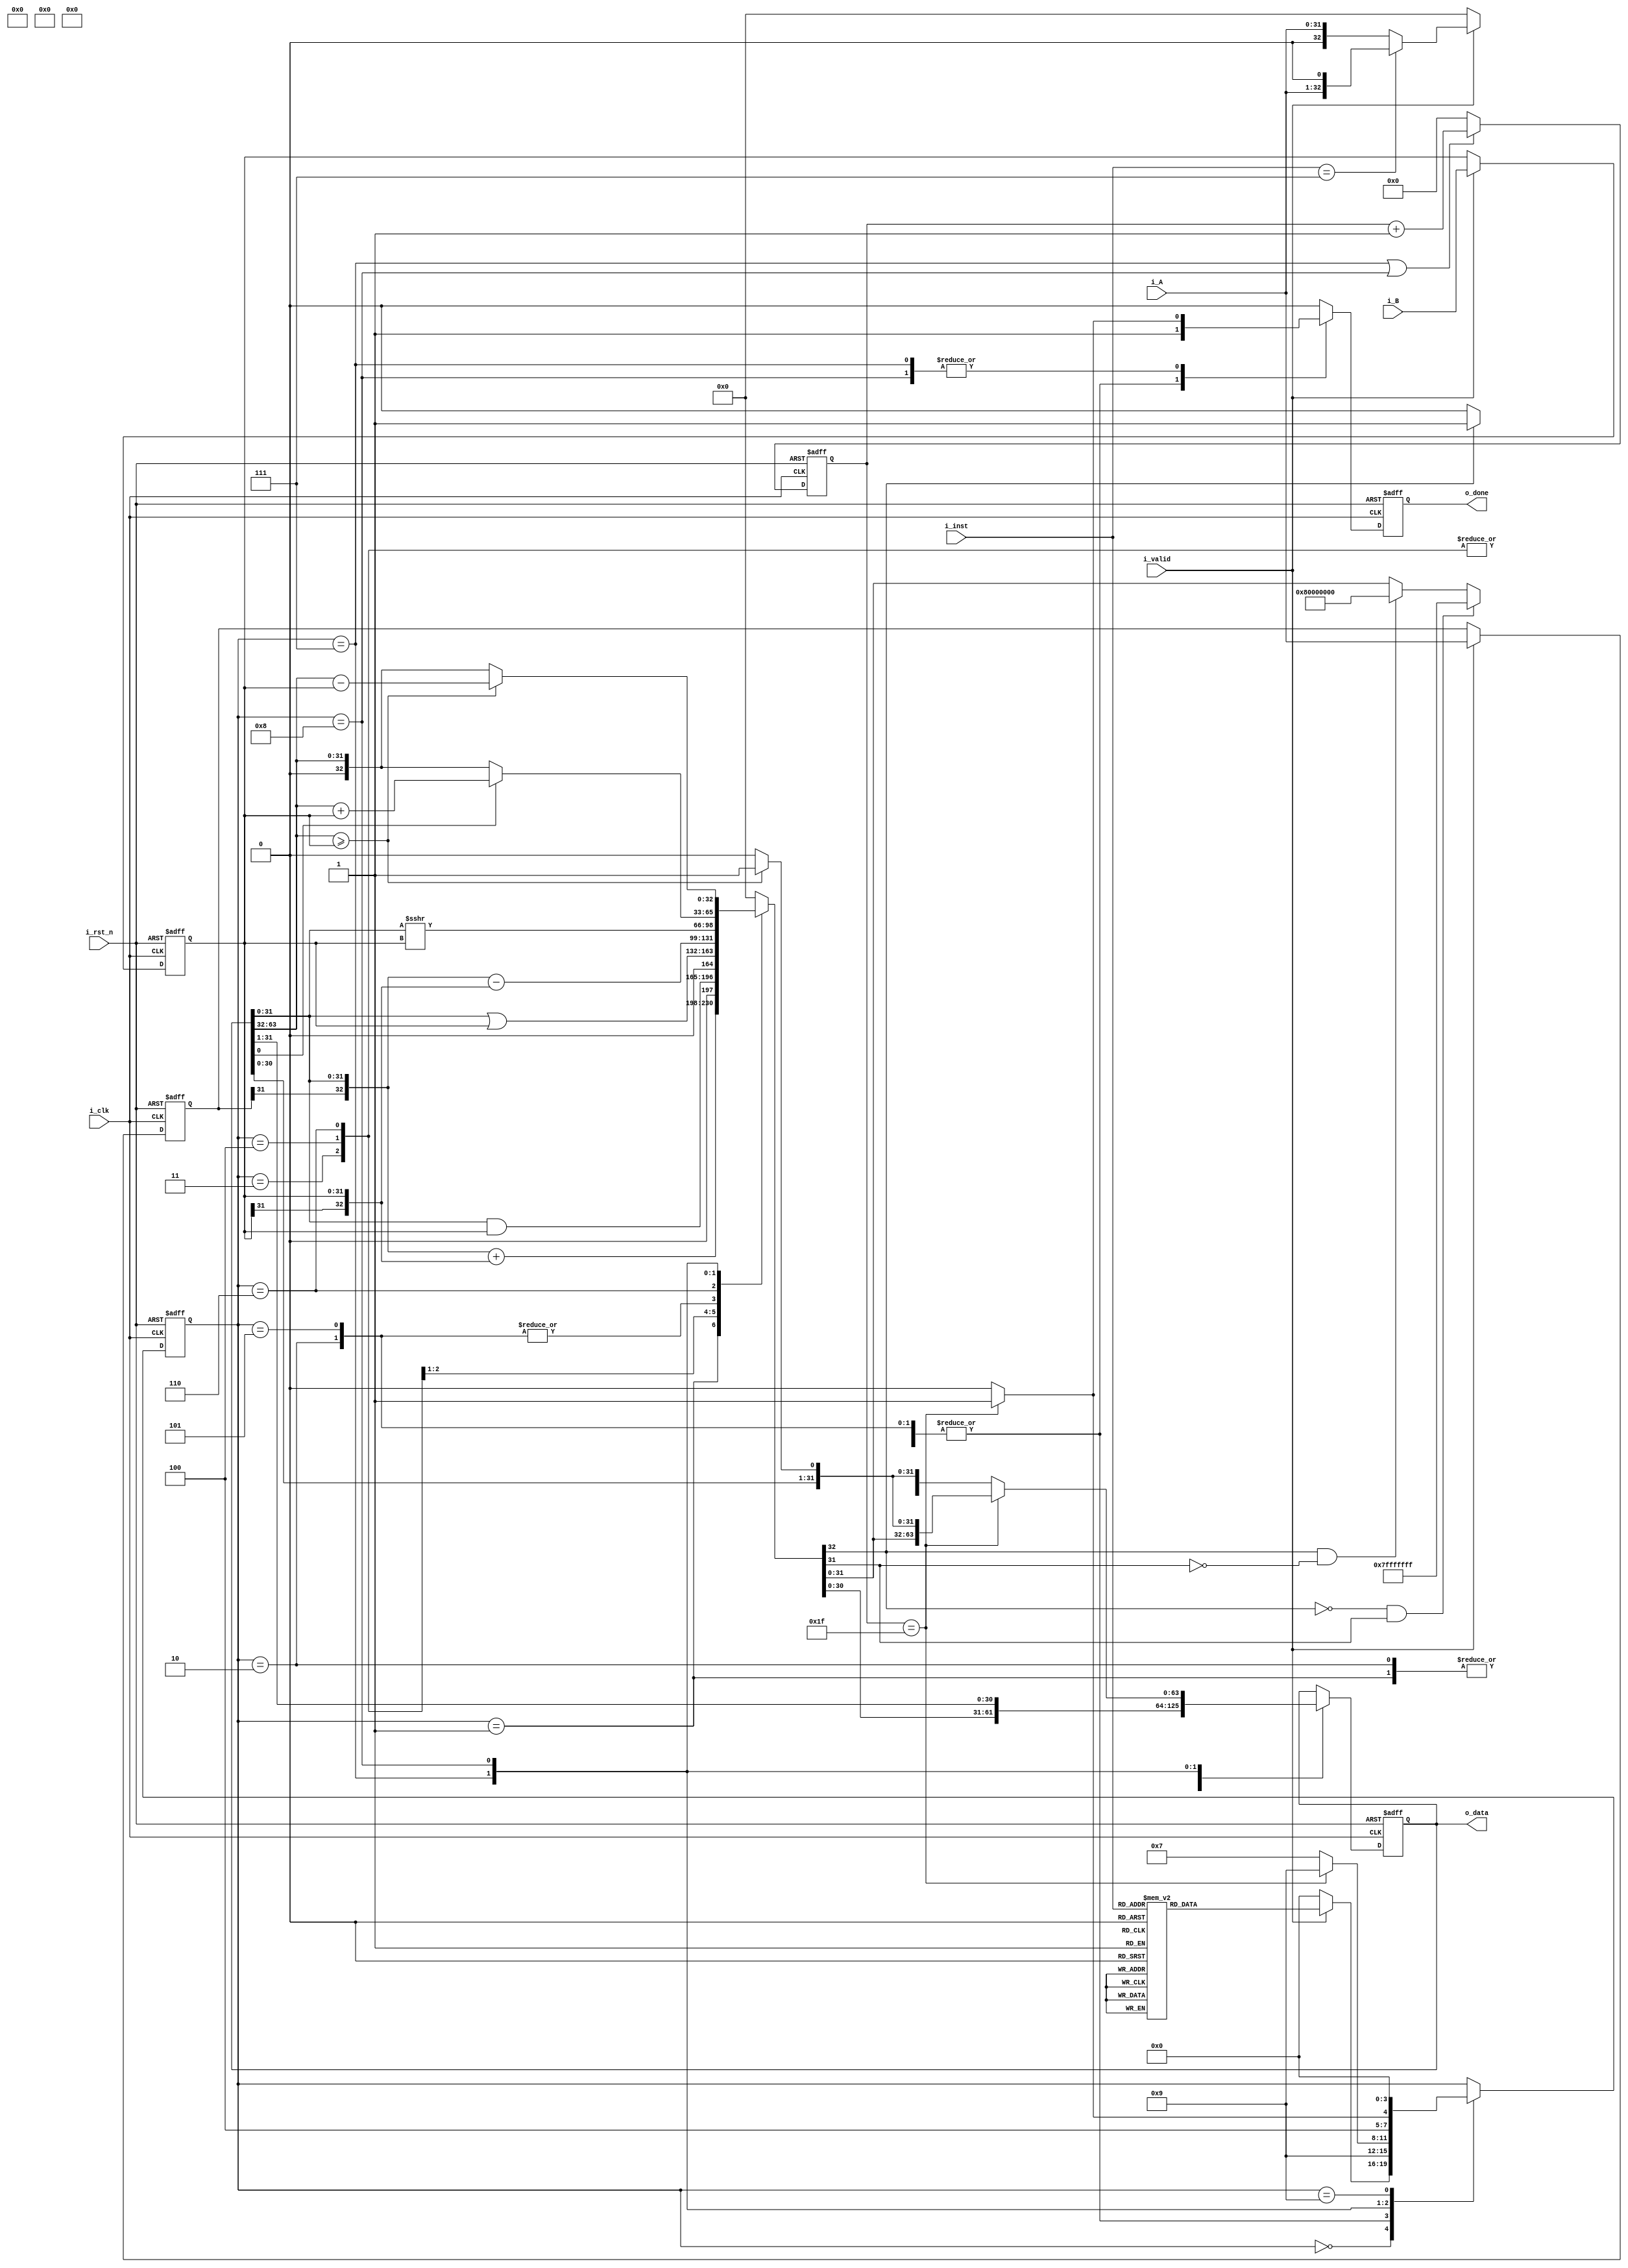
module ALU #(
    parameter DATA_W = 32
)
(
    input                       i_clk,   // clock
    input                       i_rst_n, // reset

    input                       i_valid, // input valid signal
    input [DATA_W - 1 : 0]      i_A,     // input operand A
    input [DATA_W - 1 : 0]      i_B,     // input operand B
    input [         2 : 0]      i_inst,  // instruction

    output [2*DATA_W - 1 : 0]   o_data,  // output value
    output                      o_done   // output valid signal
);
// Do not Modify the above part !!!

// Parameters
    // ======== choose your FSM style ==========
    // 1. FSM based on operation cycles
    // parameter S_IDLE           = 2'd0;
    // parameter S_ONE_CYCLE_OP   = 2'd1;
    // parameter S_MULTI_CYCLE_OP = 2'd2;
    // 2. FSM based on operation modes
    parameter S_IDLE = 4'd0;
    parameter S_ADD  = 4'd1;
    parameter S_SUB  = 4'd2;
    parameter S_AND  = 4'd3;
    parameter S_OR   = 4'd4;
    parameter S_SLT  = 4'd5;
    parameter S_SRA  = 4'd6;
    parameter S_MUL  = 4'd7;
    parameter S_DIV  = 4'd8;
    parameter S_OUT  = 4'd9;

// Wires & Regs
    // Todo
    // state
    reg  [         3: 0] state, state_nxt; // remember to expand the bit width if you want to add more states!
    // load input
    reg  [  DATA_W-1: 0] operand_a, operand_a_nxt;
    reg  [  DATA_W-1: 0] operand_b, operand_b_nxt;
    reg  [         2: 0] inst, inst_nxt;

    reg  [         4: 0] counter, counter_nxt; // counter
    reg                  done, done_nxt;    //check whether valid output data
    reg  [2*DATA_W-1: 0] shifted_reg, shifted_reg_nxt; //Shift Register
    reg  [    DATA_W: 0] alu_out;   
    //reg                  division_check;    //use to check the case of division

// Wire Assignments
    // Todo
    assign o_done = done;
    assign o_data = shifted_reg;
    
// Always Combination
    // load input
    always @(*) begin
        if (i_valid) begin
            operand_a_nxt = i_A;
            operand_b_nxt = i_B;
            inst_nxt      = i_inst;
        end
        else begin
            operand_a_nxt = operand_a;
            operand_b_nxt = operand_b;
            inst_nxt      = inst;
        end
    end
    // Todo: FSM
    always @(*) begin
        case(state)
            S_IDLE           : begin
                if(!i_valid) state_nxt = S_IDLE;
                else begin
                    case(i_inst)
                        3'd0: state_nxt = S_ADD;
                        3'd1: state_nxt = S_SUB;
                        3'd2: state_nxt = S_AND;
                        3'd3: state_nxt = S_OR;
                        3'd4: state_nxt = S_SLT;
                        3'd5: state_nxt = S_SRA;
                        3'd6: state_nxt = S_MUL;
                        3'd7: state_nxt = S_DIV;
                        default: state_nxt = S_IDLE;
                    endcase
                end
            end
            // S_ONE_CYCLE_OP   :
            // S_MULTI_CYCLE_OP :
            S_ADD            :  state_nxt = S_OUT;
            S_SUB            :  state_nxt = S_OUT;
            S_AND            :  state_nxt = S_OUT;
            S_OR             :  state_nxt = S_OUT;
            S_SLT            :  state_nxt = S_OUT;
            S_SRA            :  state_nxt = S_OUT;
            S_MUL            :  begin
                if(counter == 5'd31) state_nxt = S_OUT;
                else state_nxt = S_MUL;
            end
            S_DIV            : begin
                if(counter == 5'd31) state_nxt = S_OUT;
                else state_nxt = S_DIV;
            end
            S_OUT            :  state_nxt = S_IDLE;
            default: state_nxt = state;
        endcase
    end
    // Todo: Counter
    always @(*) begin
        if(state == S_MUL || state == S_DIV) begin
            counter_nxt = counter + 1;
        end
        else counter_nxt = 0;
    end

    // Todo: ALU output
    always @(*) begin
        case(state)
            S_ADD: begin
                alu_out = {operand_a[31], shifted_reg[31:0]} + {operand_b[31], operand_b}; 
            end
            S_SUB: begin
                alu_out = {operand_a[31], shifted_reg[31:0]} - {operand_b[31], operand_b};
            end
            S_AND: alu_out = shifted_reg[31:0] & operand_b;
            S_OR : alu_out = shifted_reg[31:0] | operand_b;
            S_SLT: begin
                alu_out = {operand_a[31], shifted_reg[31:0]} - {operand_b[31], operand_b};
            end
            S_SRA: alu_out = $signed(shifted_reg[31:0]) >>> operand_b;
            S_MUL: begin
                if(shifted_reg[0]) alu_out = shifted_reg[63:32] + operand_b;
                else alu_out = shifted_reg[63:32];
            end
            S_DIV: begin
                //division_check = (shifted_reg[63:32] >= operand_b);
                if(shifted_reg[63:32] >= operand_b) alu_out = shifted_reg[63:32] - operand_b;
                else alu_out = shifted_reg[63:32];
            end
            default: begin
                alu_out = 0;
                //division_check = 0;
            end
        endcase
    end

    //shift register
    always @(*) begin
        case(state)
            S_IDLE: begin
                if(!i_valid) shifted_reg_nxt = 0; 
                else begin
                    if(i_inst == 3'd7) begin //DIV iteration 0 
                        shifted_reg_nxt = {63'b0, i_A, 1'b0};
                    end
                    else shifted_reg_nxt = {{32{1'b0}}, i_A};
                end
            end
            S_ADD: begin
                if(alu_out[32]==0 && alu_out[31]==1) begin //positive overflow
                    shifted_reg_nxt = {{33{1'b0}}, {31{1'b1}}};
                end
                else if(alu_out[32]==1 && alu_out[31]==0) begin
                    shifted_reg_nxt = {{32{1'b0}}, 1'b1, {31{1'b0}}};
                end
                else shifted_reg_nxt = {32'b0, alu_out[31:0]};
            end
            S_SUB: begin
                if(alu_out[32]==0 && alu_out[31]==1) begin //positive overflow
                    shifted_reg_nxt = {{33{1'b0}}, {31{1'b1}}};
                end
                else if(alu_out[32]==1 && alu_out[31]==0) begin
                    shifted_reg_nxt = {{32{1'b0}}, 1'b1, {31{1'b0}}};
                end
                else shifted_reg_nxt = {32'b0, alu_out[31:0]};
            end
            S_AND: shifted_reg_nxt = {32'b0, alu_out[31:0]};
            S_OR : shifted_reg_nxt = {32'b0, alu_out[31:0]};
            S_SLT: begin
                if(alu_out[32]==1) shifted_reg_nxt = {63'b0, 1'b1};
                else shifted_reg_nxt = 0;
            end
            S_SRA: shifted_reg_nxt = {32'b0, alu_out[31:0]};
            S_MUL: shifted_reg_nxt = {alu_out, shifted_reg[31:1]};
            S_DIV: begin
                if(counter == 31) begin
                    if(shifted_reg[63:32] >= operand_b) begin
                        shifted_reg_nxt = {alu_out[31:0], shifted_reg[30:0], 1'b1};
                    end
                    else begin
                        shifted_reg_nxt = {alu_out[31:0], shifted_reg[30:0], 1'b0};
                    end
                end
                else begin
                    if(shifted_reg[63:32] >= operand_b) begin
                        shifted_reg_nxt = {alu_out[30:0], shifted_reg[31:0], 1'b1};
                    end
                    else begin
                        shifted_reg_nxt = {alu_out[30:0], shifted_reg[31:0], 1'b0};
                    end
                end
            end
            S_OUT: shifted_reg_nxt = shifted_reg;
            default: begin
                shifted_reg_nxt = shifted_reg;
                //division_check = 0;
            end
        endcase
    end
    
    // Todo: output valid signal
    always @(*) begin
        case(state)
            S_IDLE: done_nxt = 0;
            S_ADD : done_nxt = 1;
            S_SUB : done_nxt = 1;
            S_AND : done_nxt = 1;
            S_OR  : done_nxt = 1;
            S_SLT : done_nxt = 1;
            S_SRA : done_nxt = 1;
            S_MUL : begin
                if(counter == 5'd31) done_nxt = 1;
                else done_nxt = 0;
            end
            S_DIV : begin
                if(counter == 5'd31) done_nxt = 1;
                else done_nxt = 0;
            end
            S_OUT : done_nxt = 0;
            default: done_nxt = 0;
        endcase
    end

    // Todo: Sequential always block
    always @(posedge i_clk or negedge i_rst_n) begin
        if (!i_rst_n) begin
            state       <= S_IDLE;
            operand_a   <= 0;
            operand_b   <= 0;
            inst        <= 0;
            counter     <= 0;
            done        <= 0;
            shifted_reg <= 0;
        end
        else begin
            state       <= state_nxt;
            operand_a   <= operand_a_nxt;
            operand_b   <= operand_b_nxt;
            inst        <= inst_nxt;
            counter     <= counter_nxt;
            done        <= done_nxt;
            shifted_reg <= shifted_reg_nxt;
        end
    end

endmodule